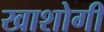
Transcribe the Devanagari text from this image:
खाशोगी